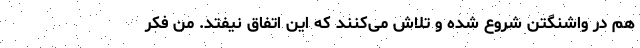
هم در واشنگتن شروع شده و تلاش می‌کنند که این اتفاق نیفتد. من فکر